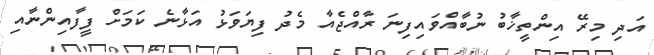
އަދި މިރޭ އިންތީޚާބު ނުބާއްވައިފިނަ ރާއްޖެއާ މެދު ފިޔަވަޅު އަޅާނެ ކަމަށް ފީފާއިންނާއި